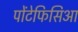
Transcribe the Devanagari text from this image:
पोंटेफिसिआ